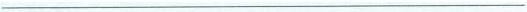
___